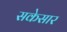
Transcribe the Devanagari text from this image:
सकेसार